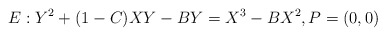
\begin{align*}E:Y^2 + (1-C)XY - BY = X^3 - BX^2,P=(0,0)\end{align*}